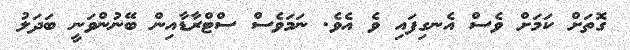
ގޮތަށް ކަމަށް ވެސް އެނގިފައި ވެ އެވެ. ނަމަވެސް ސްޓްރާޑާއިން ބޭނުންވަނީ ބަދަލު